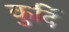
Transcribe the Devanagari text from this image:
कुर्दि